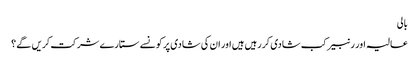
بالی
عالیہ اور رنبیر کب شادی کر رہیں ہیں اور ان کی شادی پر کونسے ستارے شرکت کریں گے ؟